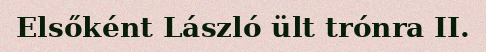
Elsőként László ült trónra II.